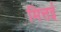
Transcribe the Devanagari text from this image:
मित्तई